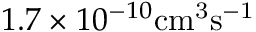
1 . 7 \times 1 0 ^ { - 1 0 } \mathrm { { c m } ^ { 3 } \mathrm { { s } ^ { - 1 } } }